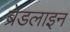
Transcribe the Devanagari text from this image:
ब्रेडलाइन